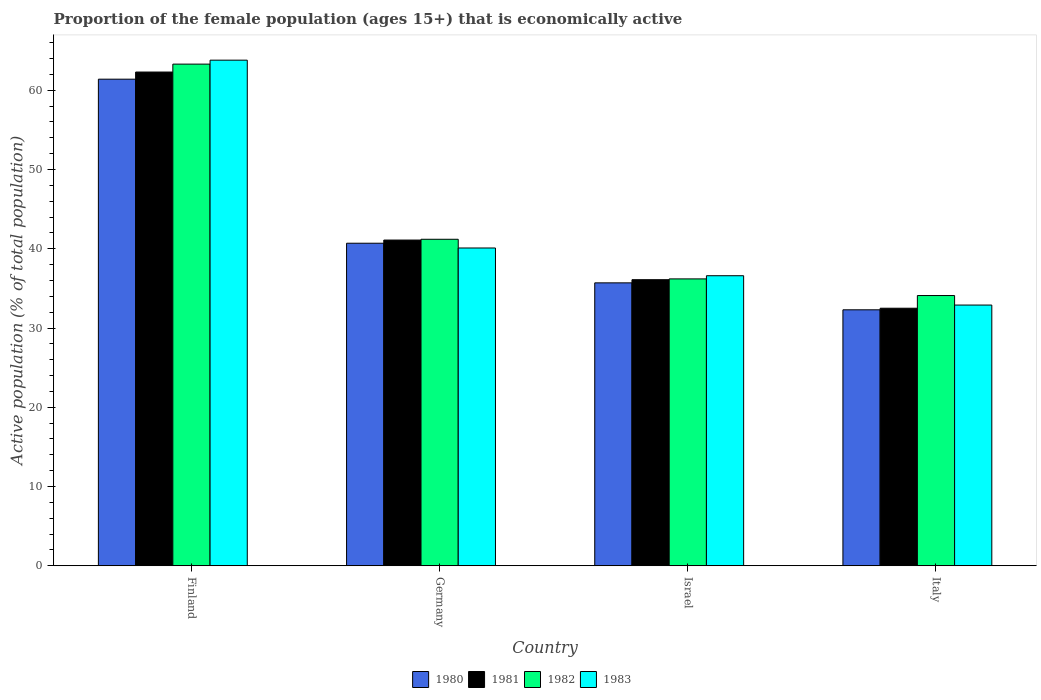
| Country | 1980 | 1981 | 1982 | 1983 |
 | --- | --- | --- | --- | --- |
 | Finland | 61.4 | 62.3 | 63.3 | 63.8 |
 | Germany | 40.7 | 41.1 | 41.2 | 40.1 |
 | Israel | 35.7 | 36.1 | 36.2 | 36.6 |
 | Italy | 32.3 | 32.5 | 34.1 | 32.9 |